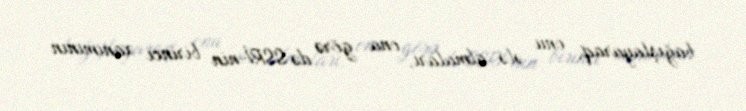
bağışlayaraq, onu ələ almaları, ona görə də SSRİ-nin birinci xanımının